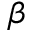
\beta